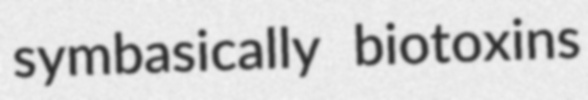
symbasically biotoxins